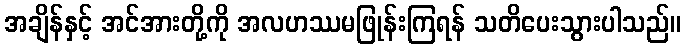
အချိန်နှင့် အင်အားတို့ကို အလဟဿမဖြုန်းကြရန် သတိပေးသွားပါသည်။